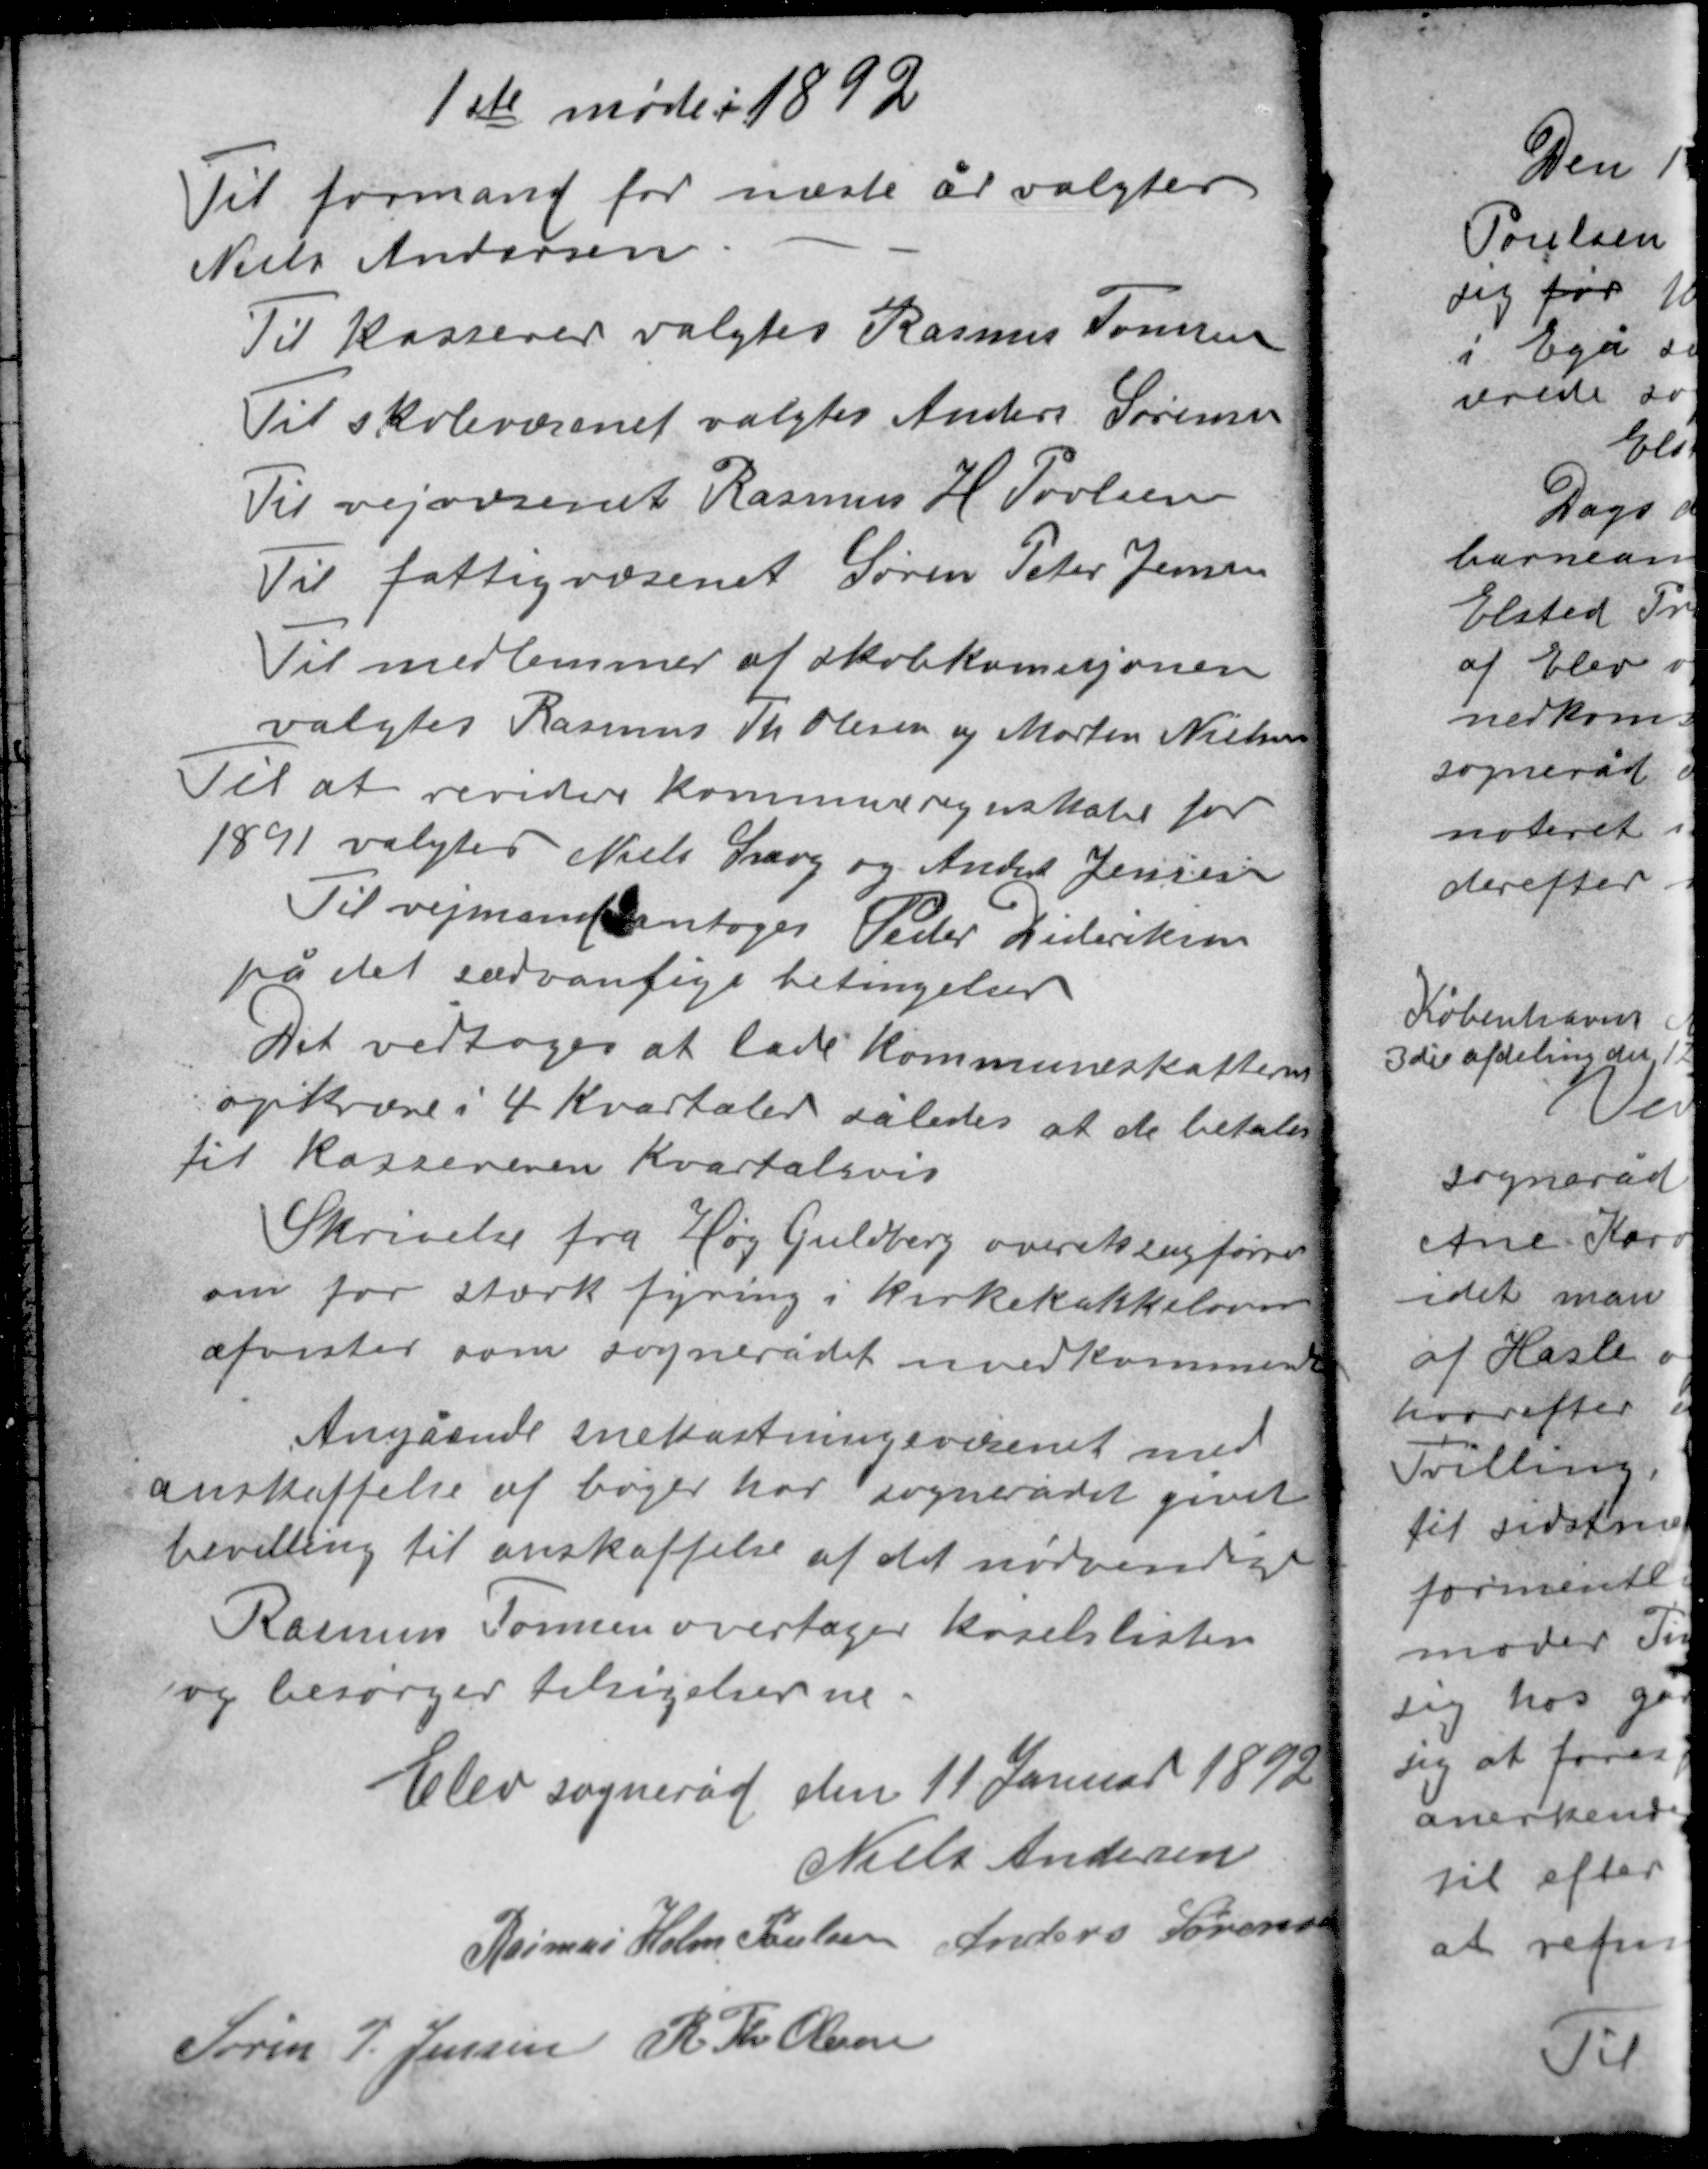
Transskription:
1ste møde i 1892

Til formand for næste år valgtes
Niels Andersen.
Til kasserer valgtes Rasmus Tomsen
Til skolevæsenet valgtes Anders Sørensen
Til vejvæsenet Rasmus H. Povlsen
Til fattigvæsenet Søren Peter Jensen
Til medlemmer af skolekomisjonen
valgtes Rasmus Th Olesen og Morten Nielsen
Til at revidere kommuneregnskabet for
1891 valgtes Niels Snog og Anders Jensen

Til vejmand antoges Peder Dideriksen
på det sædvanlige betingelser
Det vedtoges at lade kommuneskatterne
opkræve i 4 Kvartaler således at de betaler
til kassereren Kvartalsvis.
Skrivelse fra Høg Guldberg overretssagfører
om for stærk fyring i kirkekakkelovnen
afvistes som sognerådet uvedkommende

Angående snekastningsvæsenet med
anskaffelse af bøger har sognerådet givet
bevilling til anskaffelse af det nødvendige
Rasmus Tomsen overtager kørselslisten
og besørger tilsigelserne.

Elev sogneråd den 11 Januar 1892
Niels Andersen
Rasmus Holm Poulsen Anders Sørensen
Søren P. Jensen R. Th. Olesen